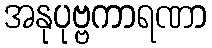
အနုပုဗ္ဗကာရဏာ